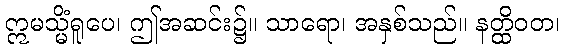
ဣမသ္မိံရူပေ၊ ဤအဆင်း၌။ သာရော၊ အနှစ်သည်။ နတ္ထိဝတ၊